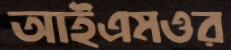
আইএমওর